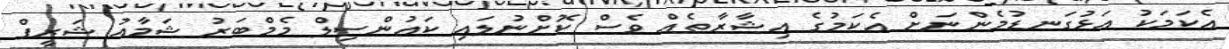
އެކަމަކު އަޅުގަނޑުމެންނަށް އެކަމުގެ އިޝާރާތެއް ވެސް ކޮށްނުލައި ކައުންސިލް މެމްބަރު ޝަމާއު ޝަރީފް